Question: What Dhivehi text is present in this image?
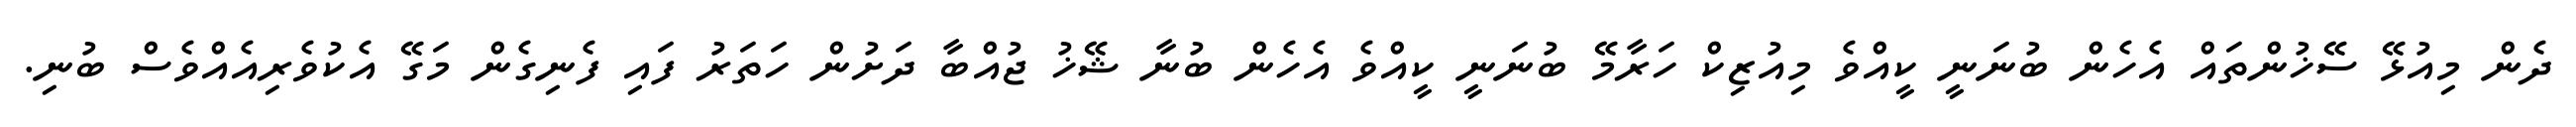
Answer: ދެން މިއުޅޭ ސޭޚުންތައް އެހެން ބުނަނީ ކީއްވެ މިއުޒިކް ހަރާމޭ ބުނަނީ ކީއްވެ އެހެން ބުނާ ޝޭޚު ޖުއްބާ ދަށުން ހަތަރު ފައި ފެނިގެން މަގޭ އެކުވެރިއެއްވެސް ބުނި.